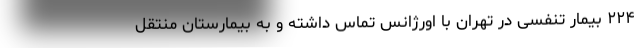
۲۲۴ بیمار تنفسی در تهران با اورژانس تماس داشته و به بیمارستان منتقل